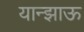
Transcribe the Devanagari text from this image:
यान्झाऊ